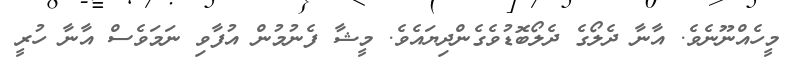
މީހެއްނޫނެވެ. އާނާ ދެލޯގެ ދެލޯބޮޑުވެގެންދިޔައެވެ. މީޝާ ފެނުމުން އުފާވި ނަމަވެސް އާނާ ހުރީ